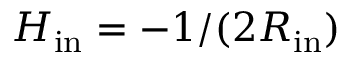
H _ { \mathrm { i n } } = - 1 / ( 2 R _ { \mathrm { i n } } )